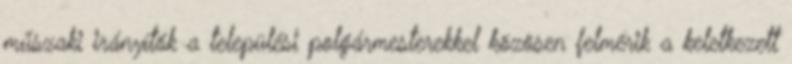
műszaki irányítók a települési polgármesterekkel közösen felmérik a keletkezett